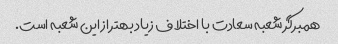
همبرگر شعبه سعادت با اختلاف زیاد بهتر از این شعبه است.